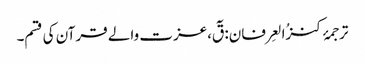
ترجمۂ کنزُالعِرفان: قٓ،عزت والے قرآن کی قسم۔